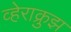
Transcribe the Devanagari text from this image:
व्हेराक्रुझ